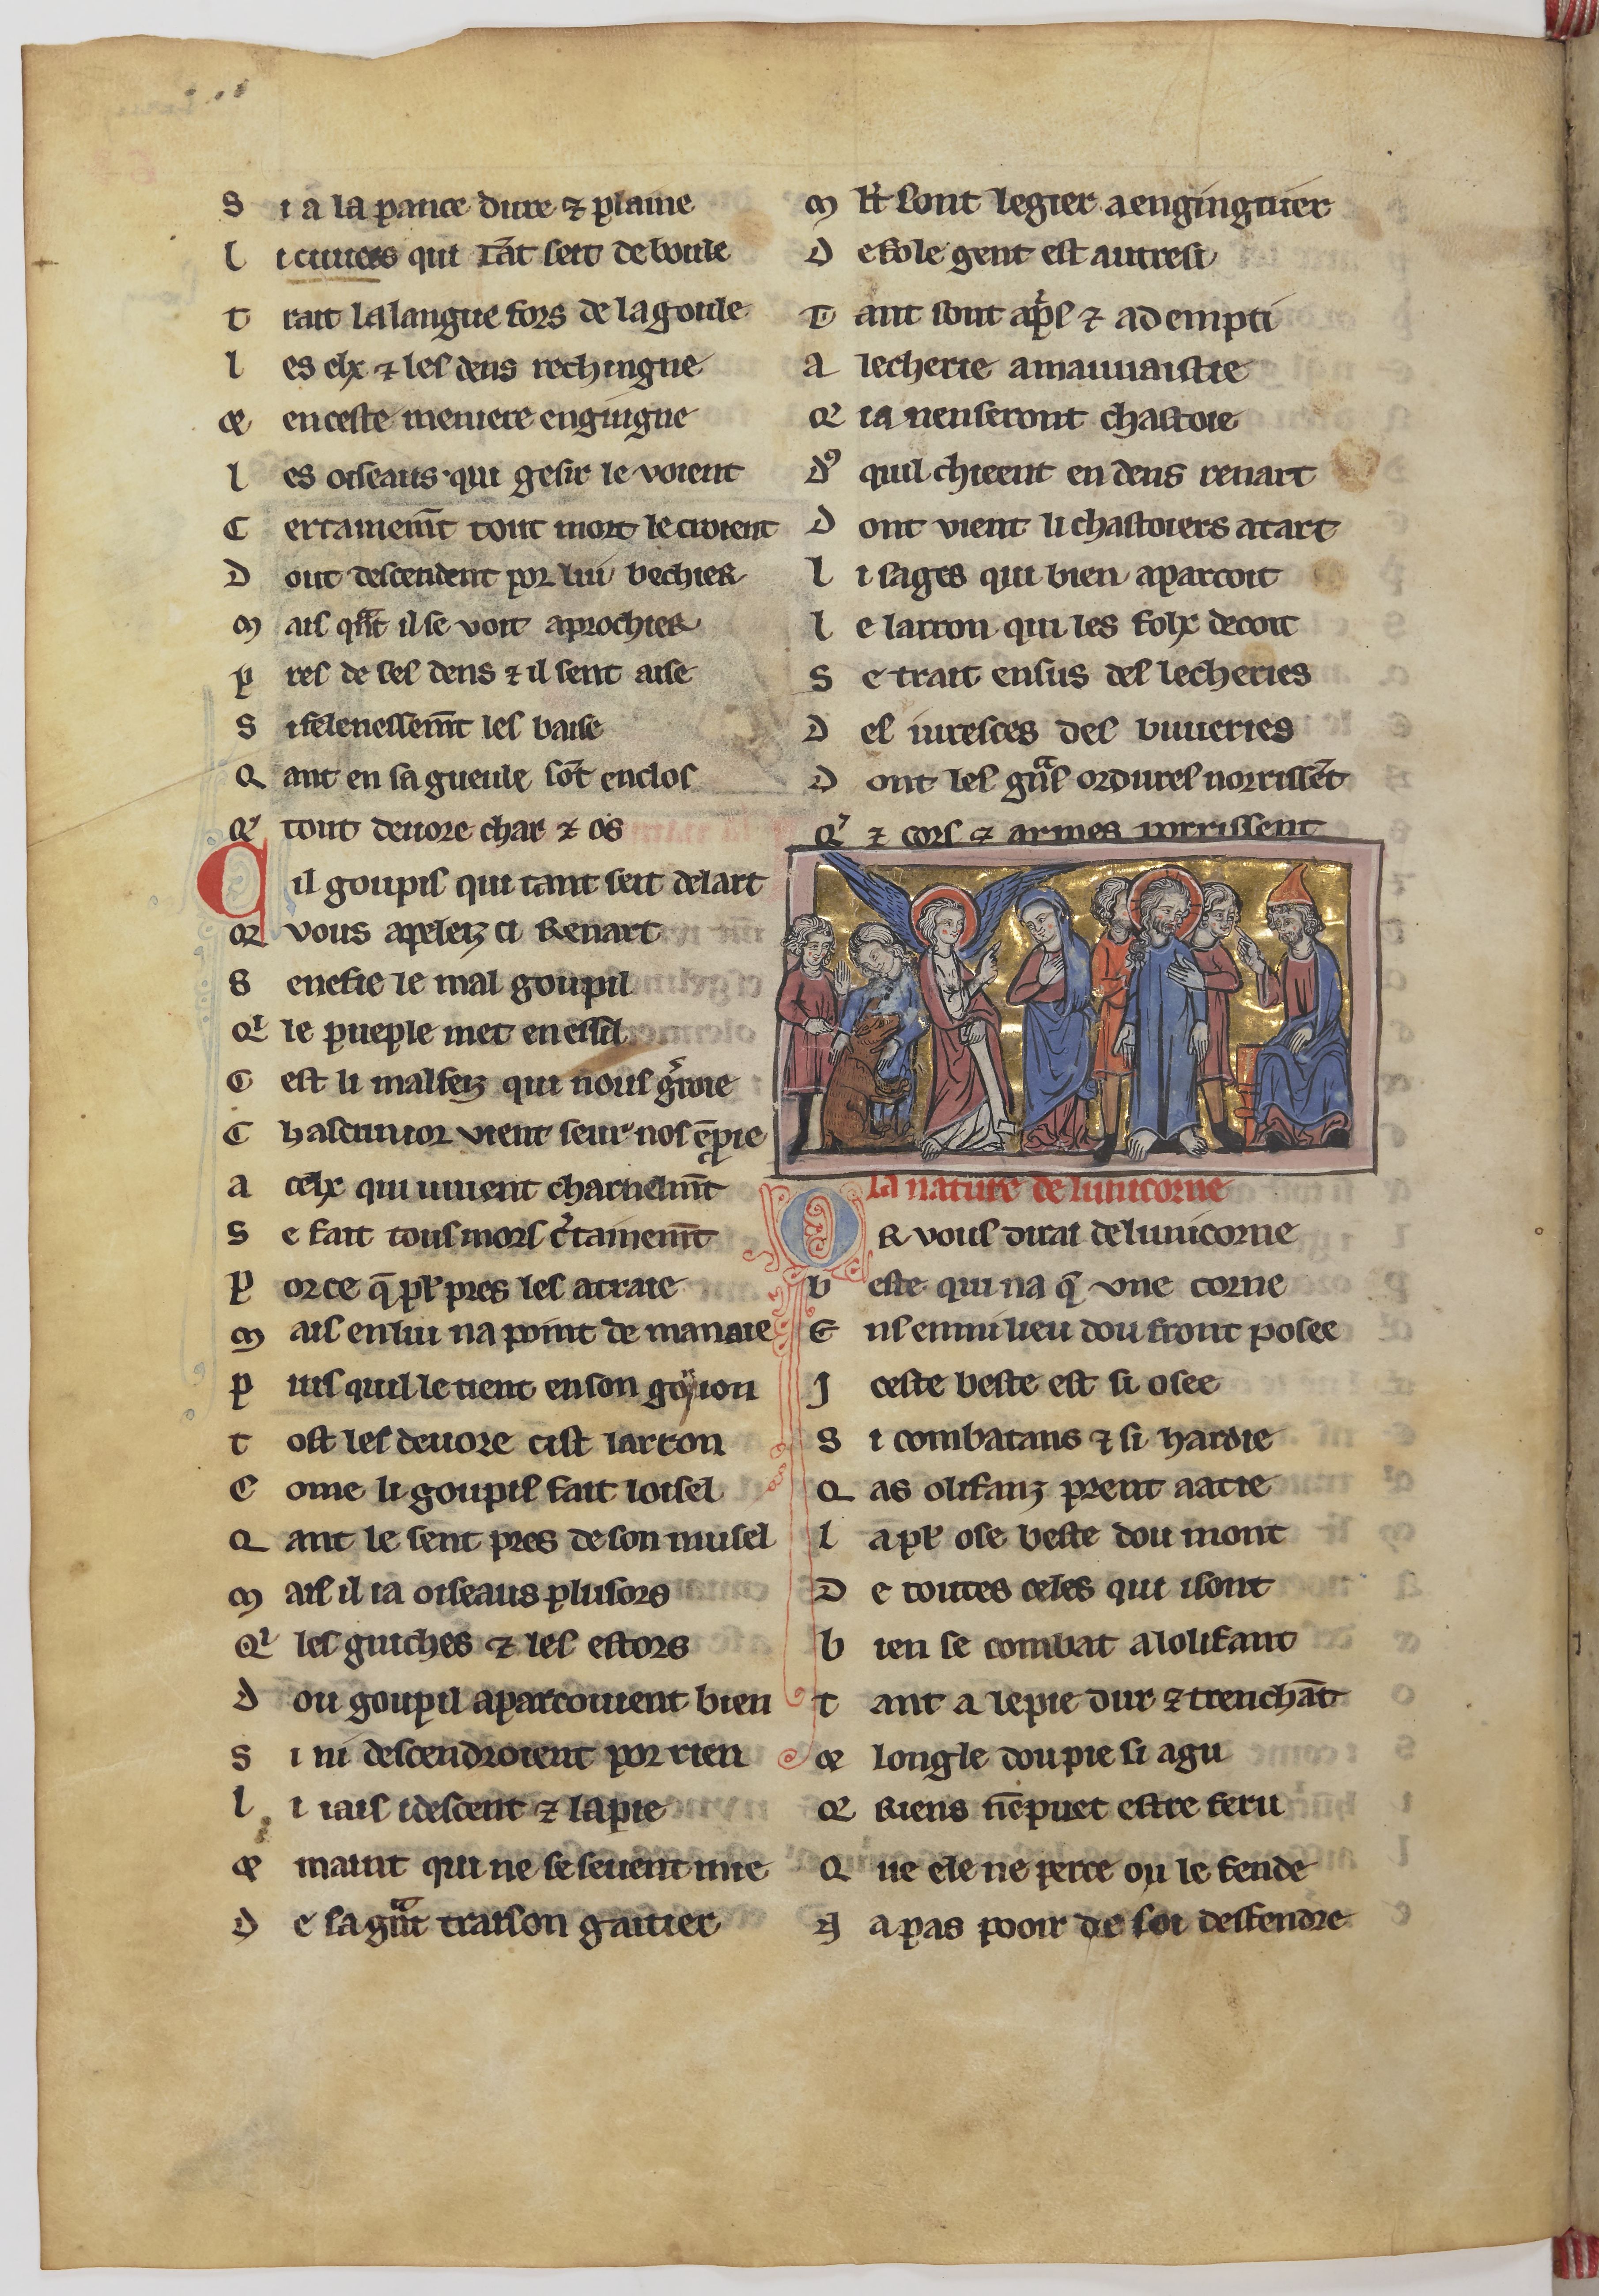
Shelfmark: Paris, BnF, fr. 24428
Century: 13